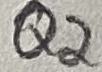
Text: Q2